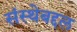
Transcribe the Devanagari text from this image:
संस्थेबद्दल